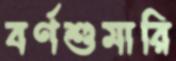
বর্ণশুমারি